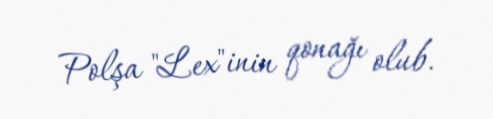
Polşa "Lex"inin qonağı olub.